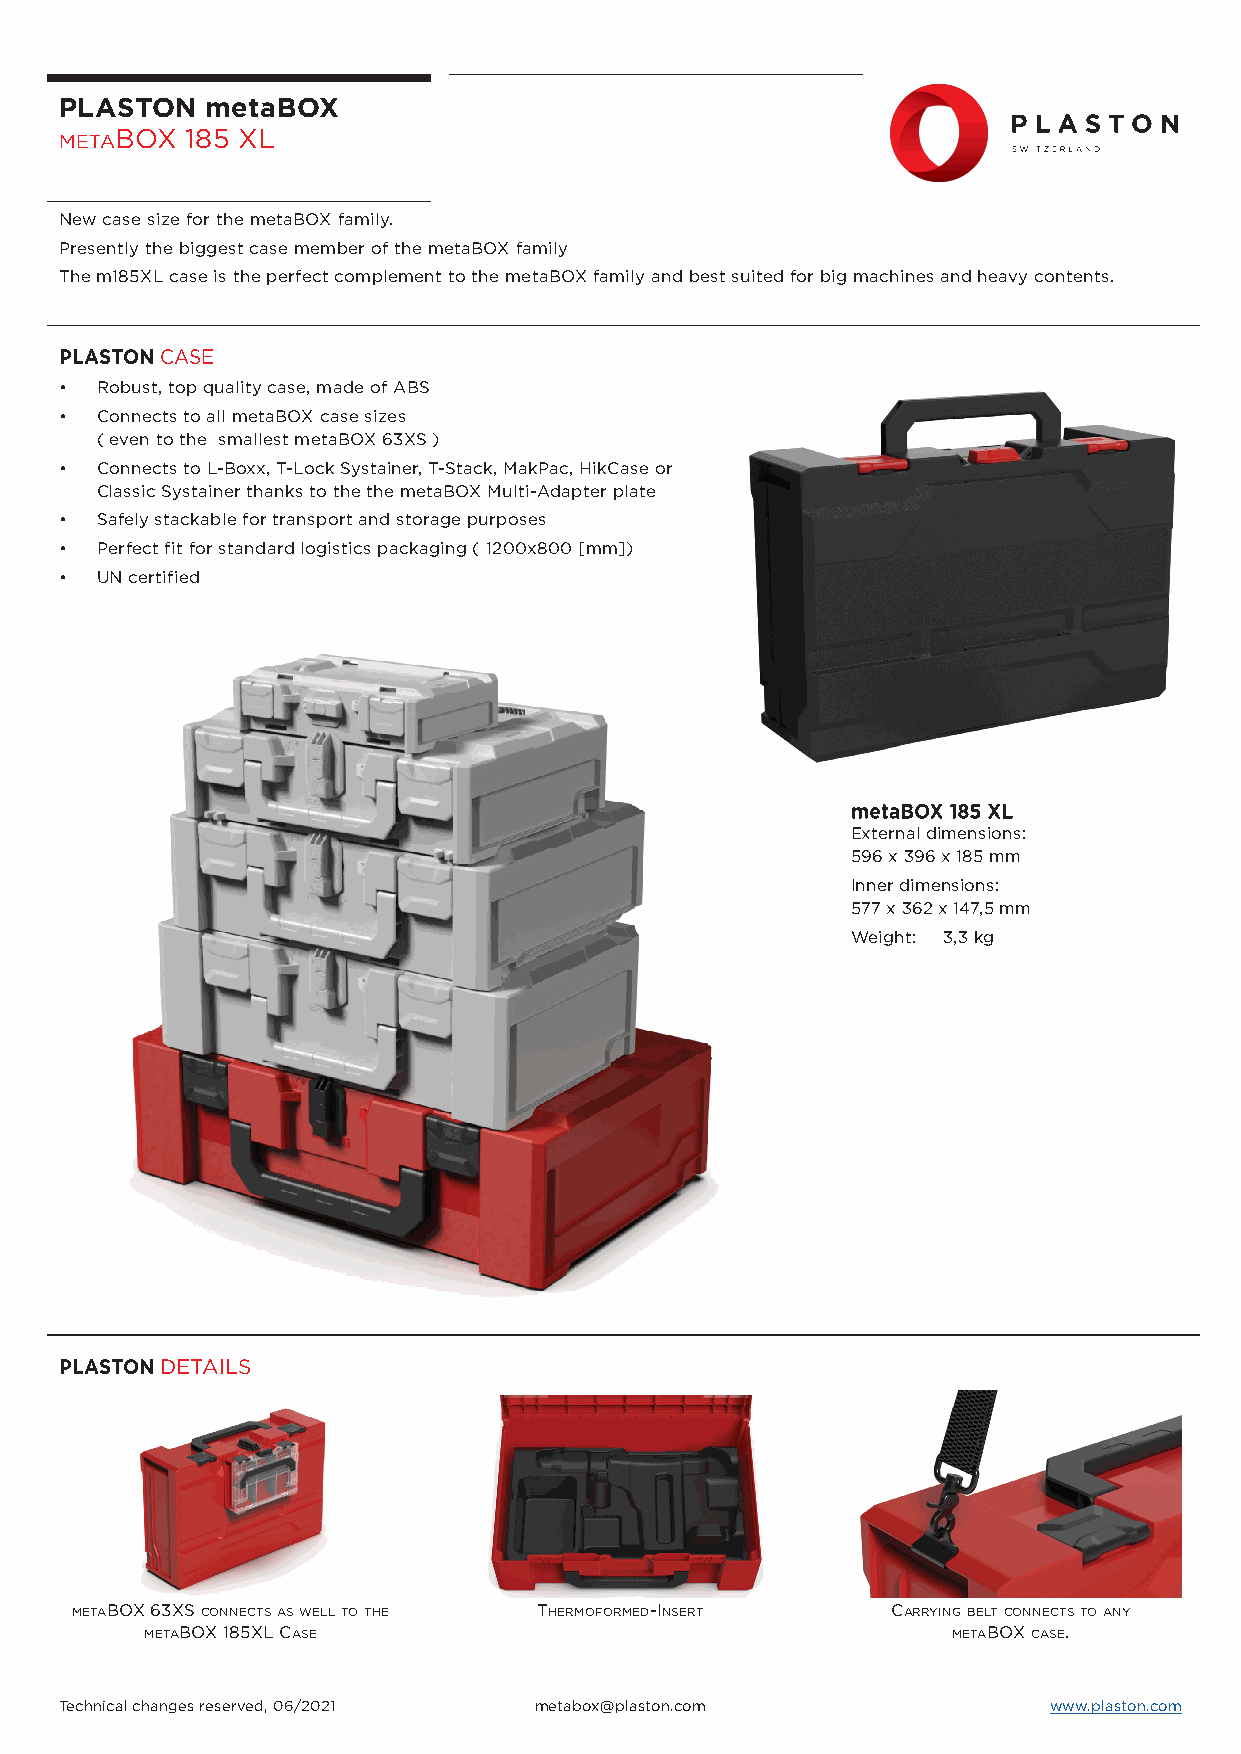
PLASTON   metaBOX
 BOX 185 XL
 META
 New case size for the metaBOX family.
 Presently the biggest case member of the metaBOX family
 The m185XL case is the perfect complement to the metaBOX family and best suited for big machines and heavy contents.
 PLASTONCASE
 • Robust, top quality case, made of ABS
 • Connects to all metaBOX case sizes
 ( even to the smallest metaBOX 63XS )
 • Connects to L-Boxx, T-Lock Systainer, T-Stack, MakPac, HikCase or
 Classic Systainer thanks to the the metaBOX Multi-Adapter plate
 • Safely stackable for transport and storage purposes
 • Perfect fit for standard logistics packaging ( 1200x800 [mm])
 • UN certified
 mmeettaaBBOOXX 118855 XXLL
 External dimensions:
 596 x 396 x 185 mm
 Inner dimensions:
 577 x 362 x 147,5 mm
 Weight: 3,3 kg
 PLASTONDETAILS
 METABOX 63XS CONNECTS AS WELL TO THE THERMOFORMED-INSERT CARRYING BELT CONNECTS TO ANY
 METABOX 185XL CASE                                   METABOX CASE.
 Technical changes reserved, 06/2021 metabox@plaston.com          www.plaston.com